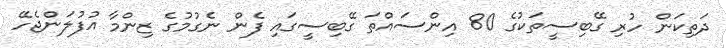
ދަތިކަން ހުރި ގޭބިސީތަކުގެ 80 އިންސައްތަ ގޭބިސީގައި ފެން ނެގުމުގެ ޒިންމާ އުފުލަންޖެހޭ